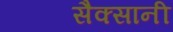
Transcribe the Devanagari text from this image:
सैक्सानी